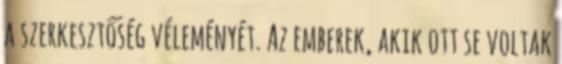
a szerkesztőség véleményét. Az emberek, akik ott se voltak